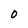
Character: 0